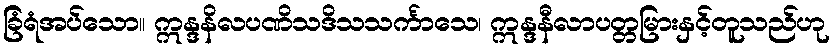
ခြံရံအပ်သော။ ဣန္ဒနိလပဏိသဒိသသင်္ကာသေ၊ ဣန္ဒနီလာပတ္တမြားနှင့်တူသည်ဟု